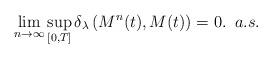
LaTeX: \begin{align*}\lim_{n\rightarrow \infty} \sup_{[0,T]}\delta_{\lambda}\left(M^n(t),M(t)\right) = 0.\,\,\,a.s.\end{align*}